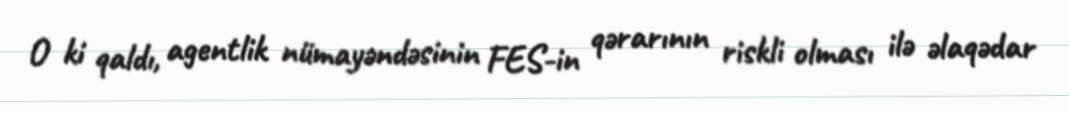
O ki qaldı, agentlik nümayəndəsinin FES-in qərarının riskli olması ilə əlaqədar